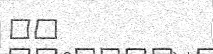
٣٥